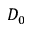
D _ { 0 }